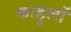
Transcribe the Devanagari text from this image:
काहूलों